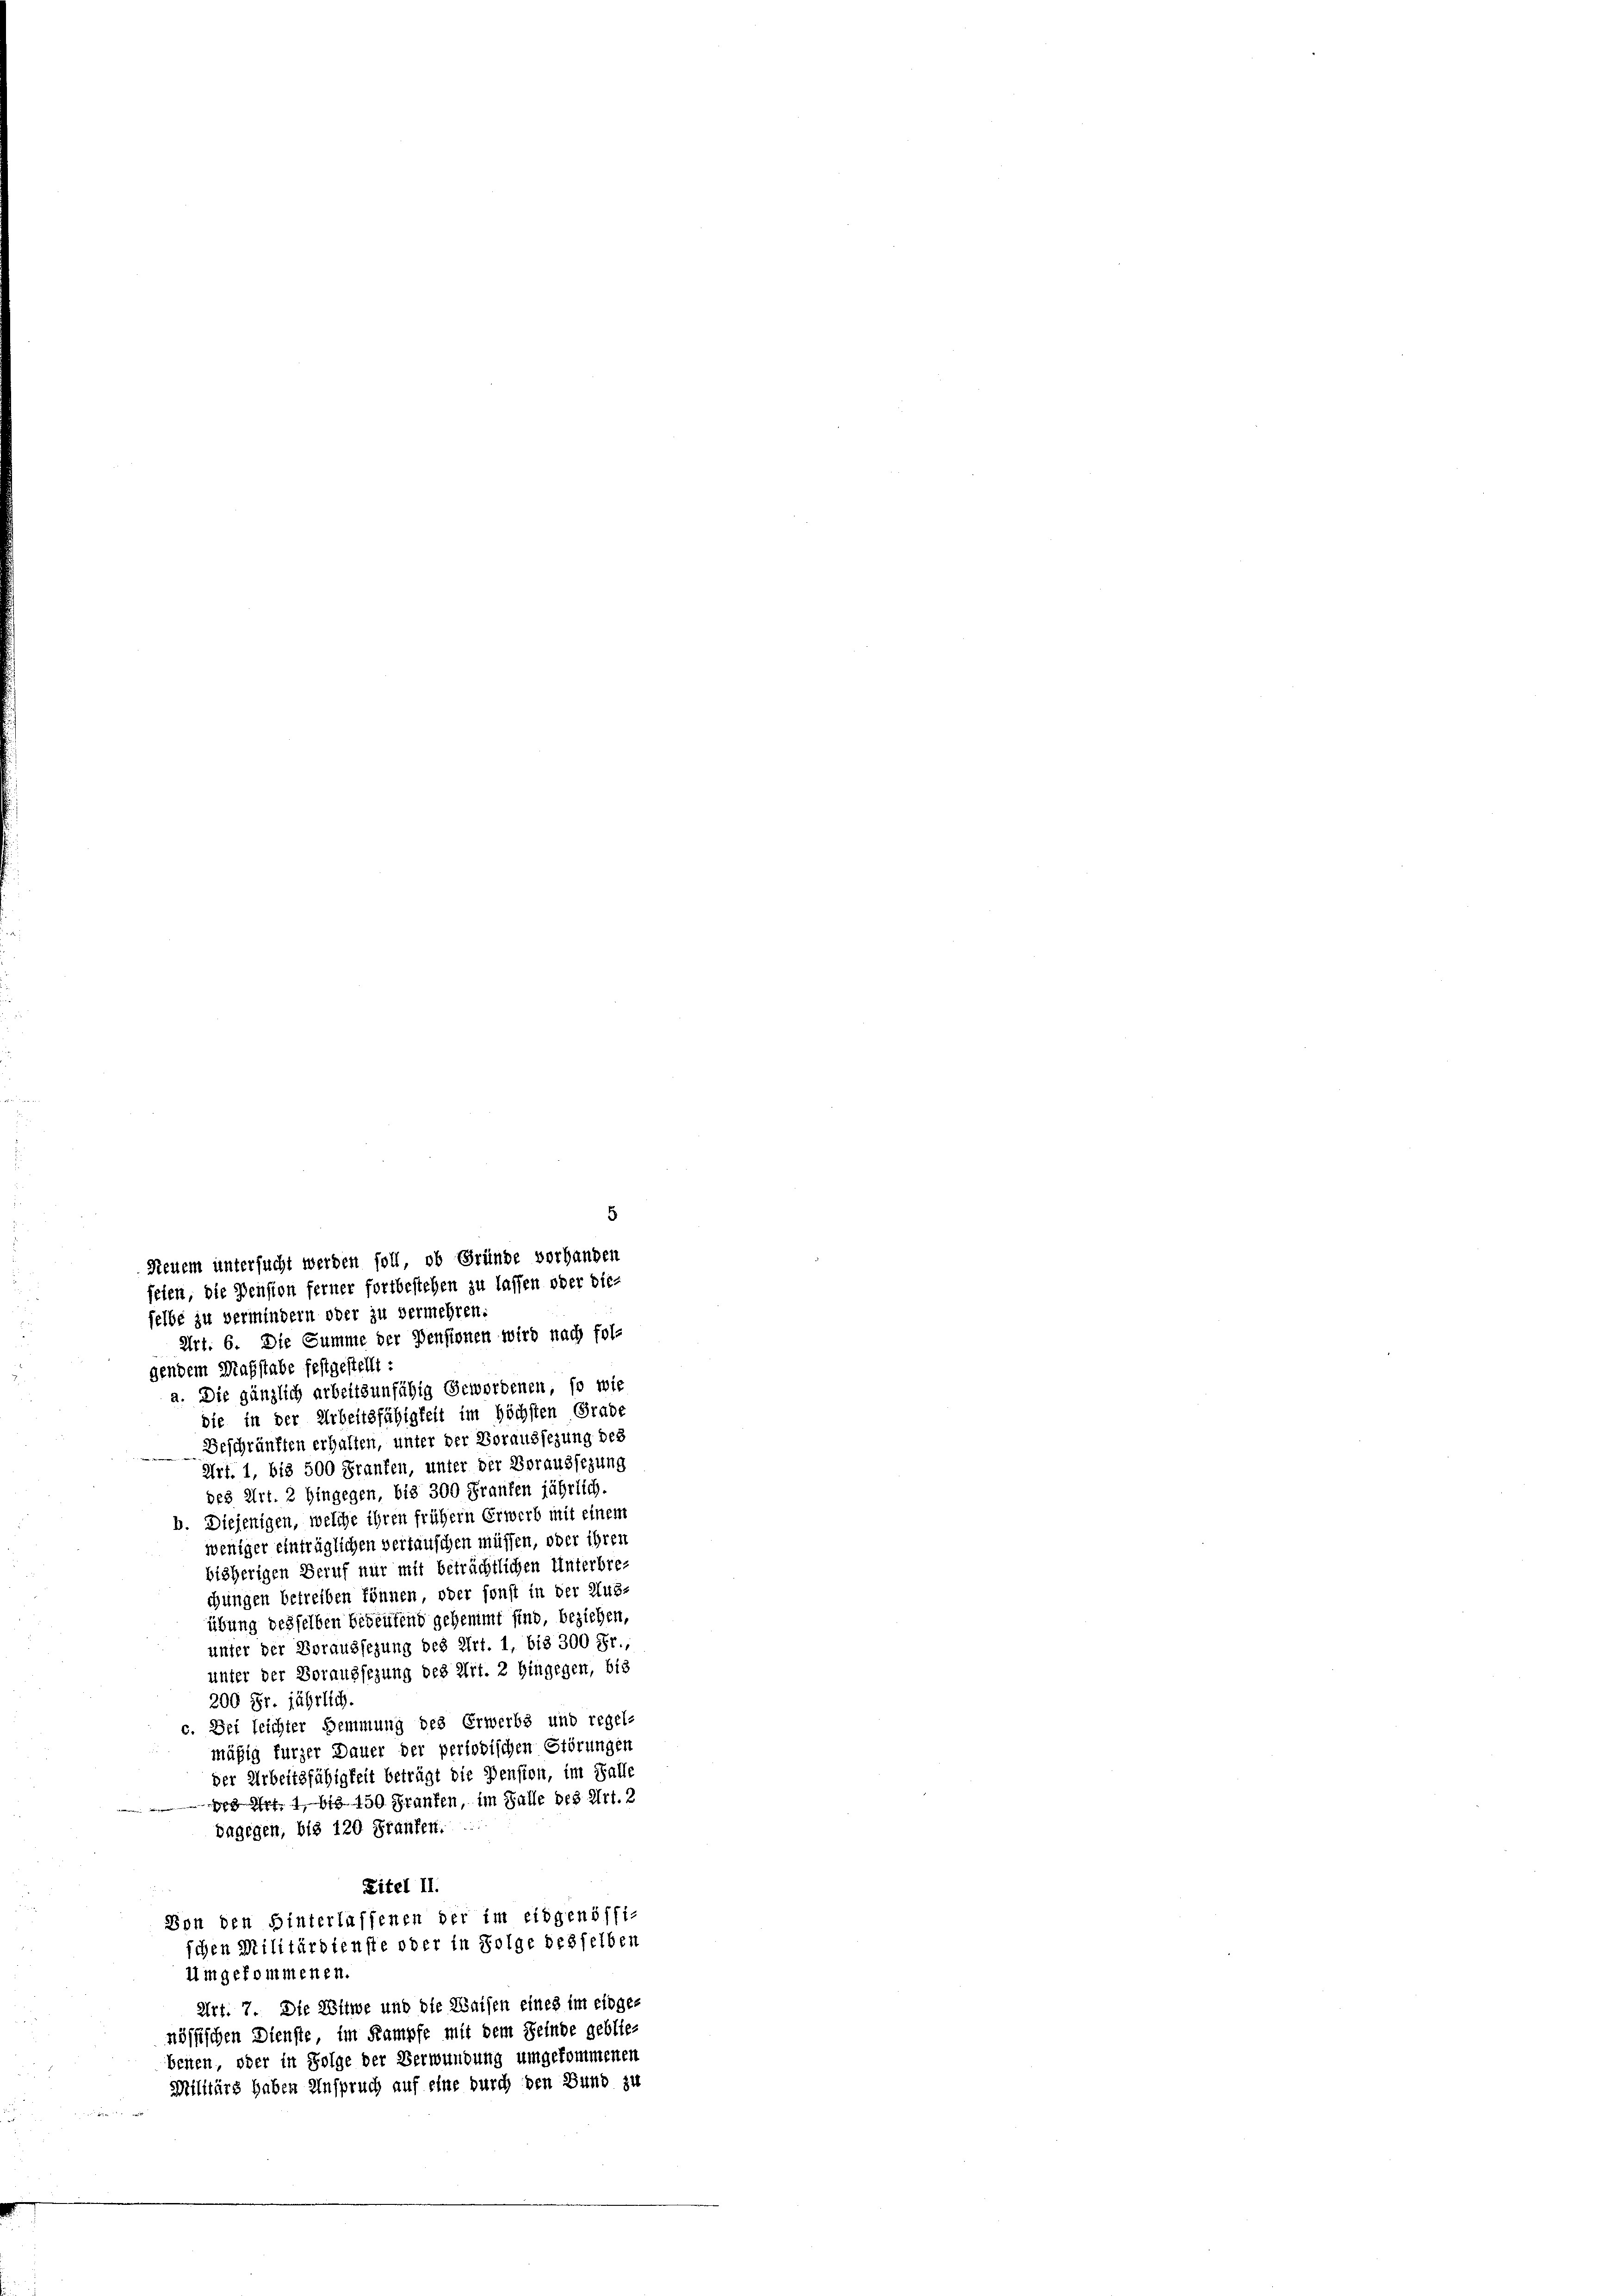
5
Neuem untersucht werden soll, ob Gründe vorhanden
seien, die Pension ferner fortbestehen zu lassen oder die
selbe zu vermindern oder zu vermehren:
Art. 6. Die Summe der Pensionen wird nach fol-

gendem Maßstabe festgestellt :
a. Die gänzlich arbeitsunfähig Gewordenen, so wie
die in der Arbeitsfähigkeit im höchsten Grade
Beschränften erhalten, unter der Voraussezung des
Art. 1, bis 500 Franken, unter der Voraussezung
des Art. 2 hingegen, bis 300 Franken jährlich.
b. Diejenigen, welche ihren frühern Erwerb mit einem
weniger einträglichen vertauschen müssen, oder ihren
bisherigen Beruf nur mit beträchtlichen Unterbrechungen betreiben können, oder sonst in der Aus-
übung desselben bedeutend gehemmt sind, beziehen,
unter der Voraussezung des Art. 1, bis 300 Fr.,
unter der Vorangsezung des Art. 2 hingegen, bis
200 Fr. jährlich.
c. Bei leichter Hemmung des Erwerbs und regel-
mäßig fürzer Dauer der periodischen Störungen
der Arbeitsfähigkeit beträgt die Pension, im Falle
de Art. 119. 150 Franken, im Falle des Art. 2
bagegen, bis 120 Franken.
Zitel II.
Von den Hinterlassenen der im eidgenöffi-
schen Militärdienste oder in Folge desselben
Umgekommenen.
Art. 7. Die Witwe und die Waisen eines im eidgenössischen Dienste, im Kampfe mit dem Reinde geblie-
benen, oder in Folge der Verwundung umgekommenen
Militärs haben Anspruch auf eine durch den Bund zu